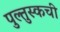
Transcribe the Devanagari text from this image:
पुल्तुस्कची